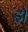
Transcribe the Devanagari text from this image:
झे